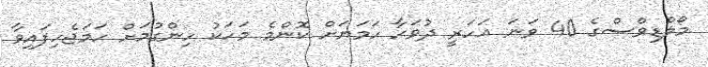
މޯލްޑިވްސްގެ 40 ވަނަ އަހަރީ ދުވަހާ ހަމަޔަށް ކޮންމެ މަހަކު ހިންގުމަށް ހަމަޖެހިފައިވާ